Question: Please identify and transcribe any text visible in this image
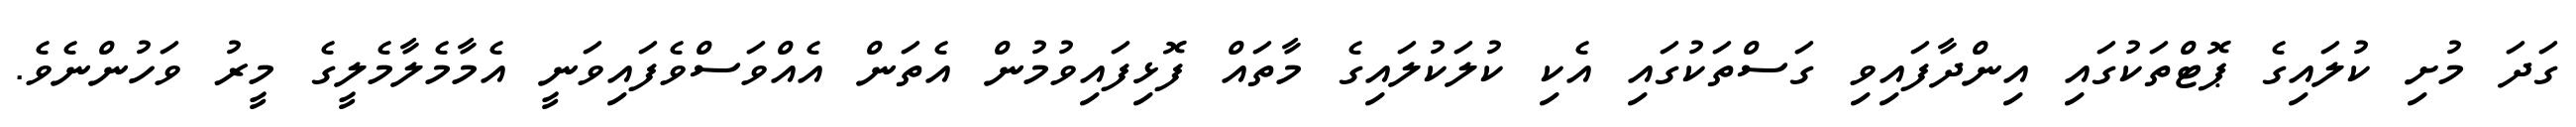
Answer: ގަދަ މުށި ކުލައިގެ ޕޮޓްތަކުގައި އިންދާފައިވި ގަސްތަކުގައި އެކި ކުލަކުލައިގެ މާތައް ފޮޅިފައިވުމުން އެތަން އެއްވަސްވެފައިވަނީ އެމާމެލާމެލީގެ މީރު ވަހުންނެވެ.